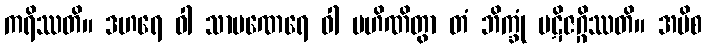
ကရိဿတိ။ ဒဟရေ ဝါ သာမဏေရေ ဝါ ပဟိဏိတွာ တံ ဘိက္ခုံ ပဋိဇဂ္ဂိဿတိ။ အပိစ